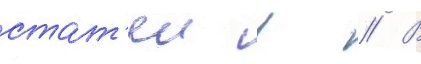
стат'еи в // В